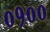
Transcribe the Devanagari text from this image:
०१००